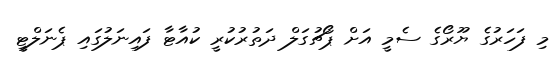
މި ފަހަރުގެ ޔޫރޯގެ ސެމީ އަށް ޕޯޗުގަލް ދަތުރުކުރީ ކުއާޓާ ފައިނަލުގައި ޕެނަލްޓީ